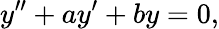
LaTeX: y^{\prime\prime}+ay^{\prime}+by=0,